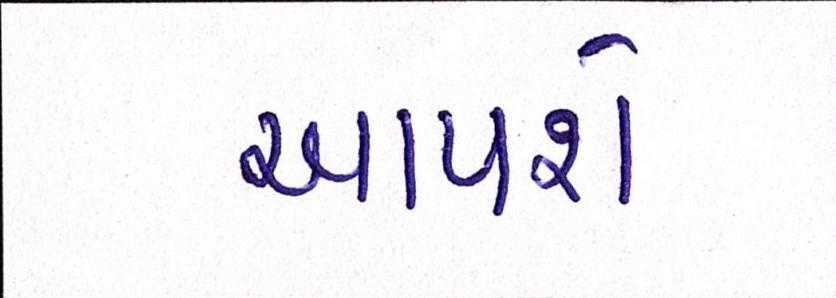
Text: આપશે